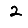
Digit: 2